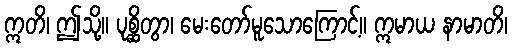
ဣတိ၊ ဤသို့။ ပုစ္ဆိတွာ၊ မေးတော်မူသောကြောင့်။ ဣမာယ နာမာတိ၊